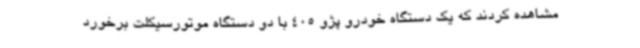
مشاهده کردند که یک دستگاه خودرو پژو 405 با دو دستگاه موتورسیکلت برخورد